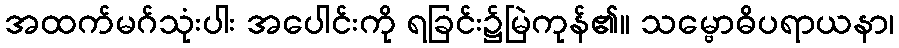
အထက်မဂ်သုံးပါး အပေါင်းကို ရခြင်း၌မြဲကုန်၏။ သမ္ဗောဓိပရာယနာ၊